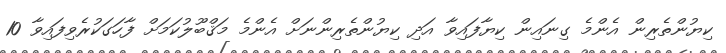
ކިޔުންތެރިން އެންމެ ގިނައިން ކިޔާފައިވާ އަދި ކިޔުންތެރިންނަށް އެންމެ މަޤްބޫލުކަމަށް ފާހަގަކުރެވިފައިވާ 10